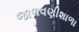
જાળવણીશાળા